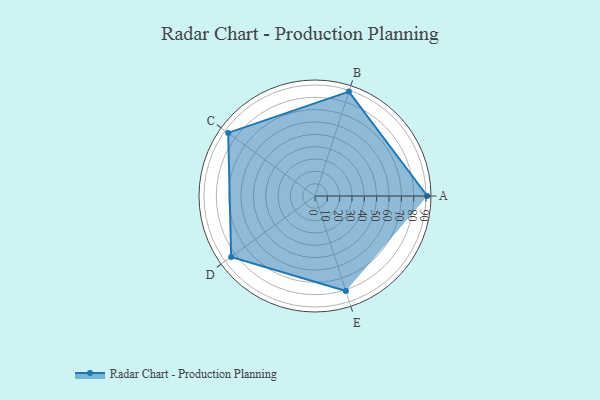
{"axis": {"x": "Skill", "y": "Score"}, "legend": ["Profile"], "data": [{"x": "A", "y": 91.0, "type": "Profile"}, {"x": "B", "y": 89.0, "type": "Profile"}, {"x": "C", "y": 87.0, "type": "Profile"}, {"x": "D", "y": 84.0, "type": "Profile"}, {"x": "E", "y": 81.0, "type": "Profile"}]}